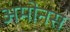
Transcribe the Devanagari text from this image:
अमोनस